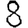
Digit: 8